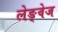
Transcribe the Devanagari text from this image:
लेङ्वेज